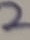
Text: 2